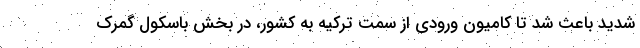
شدید باعث شد تا کامیون ورودی از سمت ترکیه به کشور، در بخش باسکول گمرک